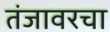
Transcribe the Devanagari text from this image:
तंजावरचा